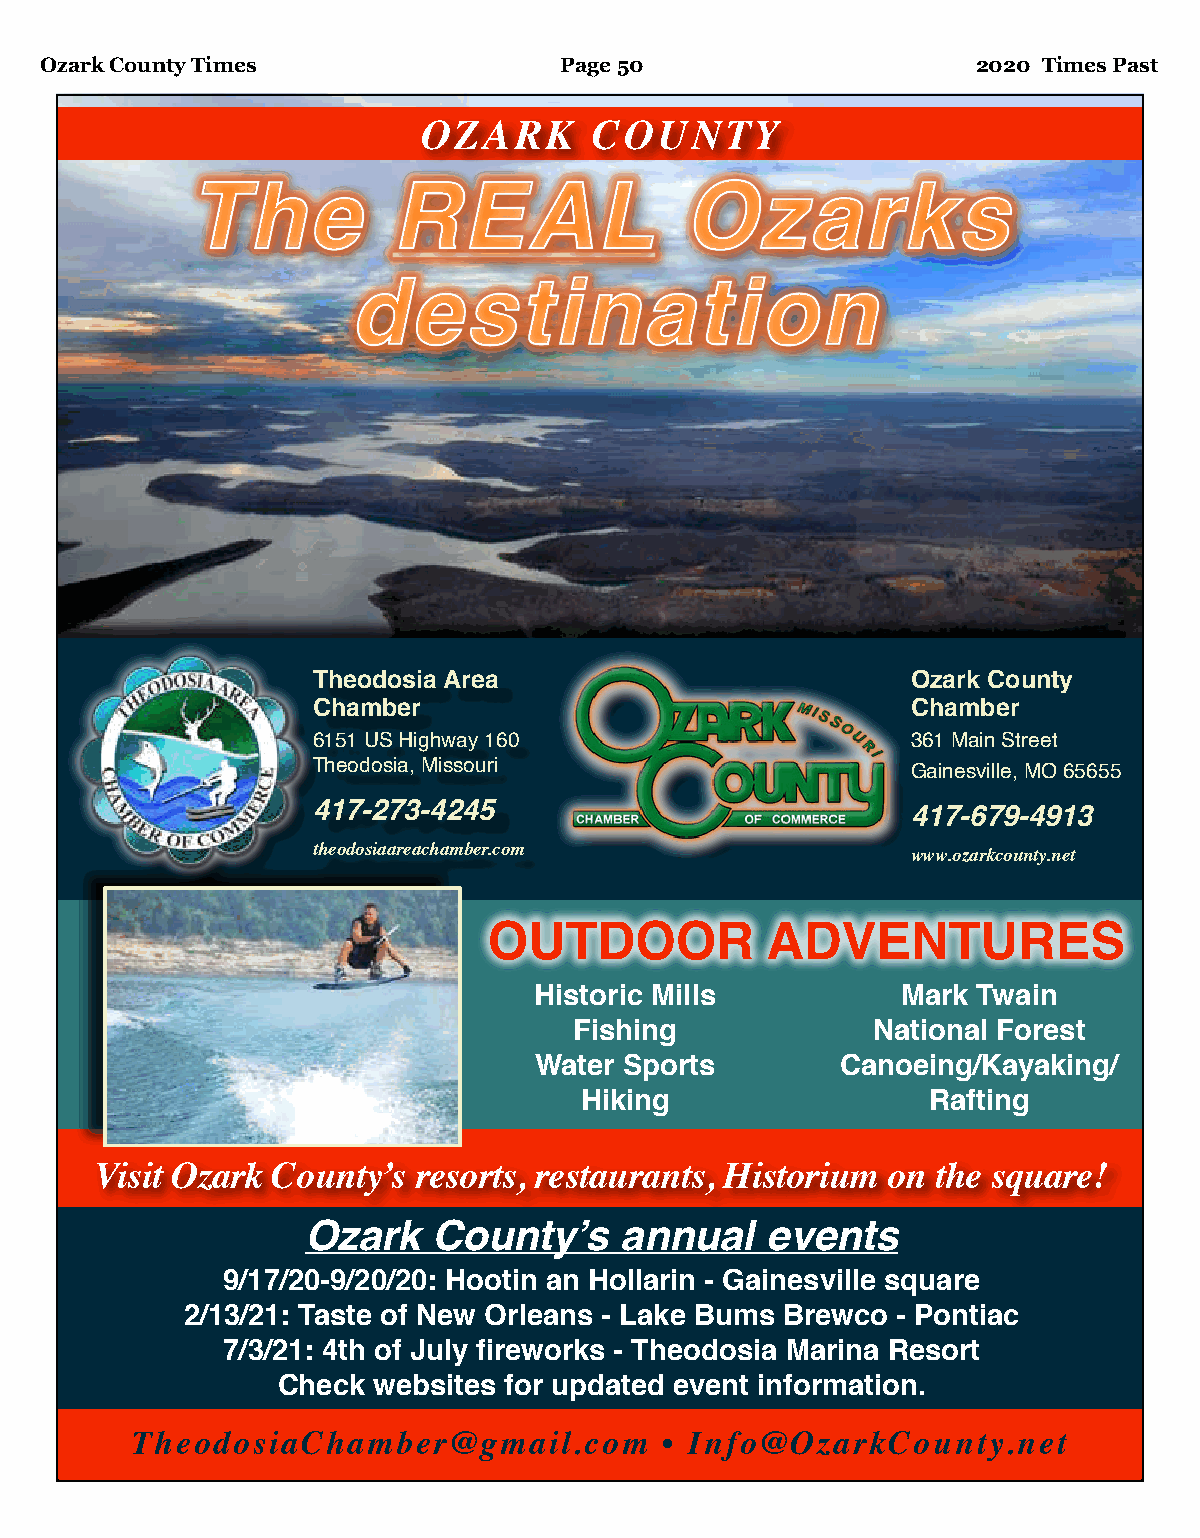
Ozark County Times                Page 50                     2020 Times Past
 OZARK      COUNTY
 TThhee       RREEAALL           OOzzaarrkkss
 ddeessttiinnaattiioonn
 Theodosia Area                         Ozark County
 Chamber                                Chamber
 6151 US Highway 160                    361 Main Street
 Theodosia, Missouri                    Gainesville, MO 65655
 417-273-4245                           417-679-4913
 theodosiaareachamber.com               www.ozarkcounty.net
 OUTDOOR            ADVENTURES
 Historic Mills           Mark Twain
 Fishing             National Forest
 Water Sports         Canoeing/Kayaking/
 Hiking                  Rafting
 Visit Ozark County’s resorts, restaurants, Historium on the square!
 Ozark    County’s    annual    events
 9/17/20-9/20/20: Hootin an Hollarin - Gainesville square
 2/13/21: Taste of New Orleans - Lake Bums Brewco - Pontiac
 7/3/21: 4th of July fireworks - Theodosia Marina Resort
 Check  websites for updated event information.
 TheodosiaChamber@gmail.com         • Info@OzarkCounty.net